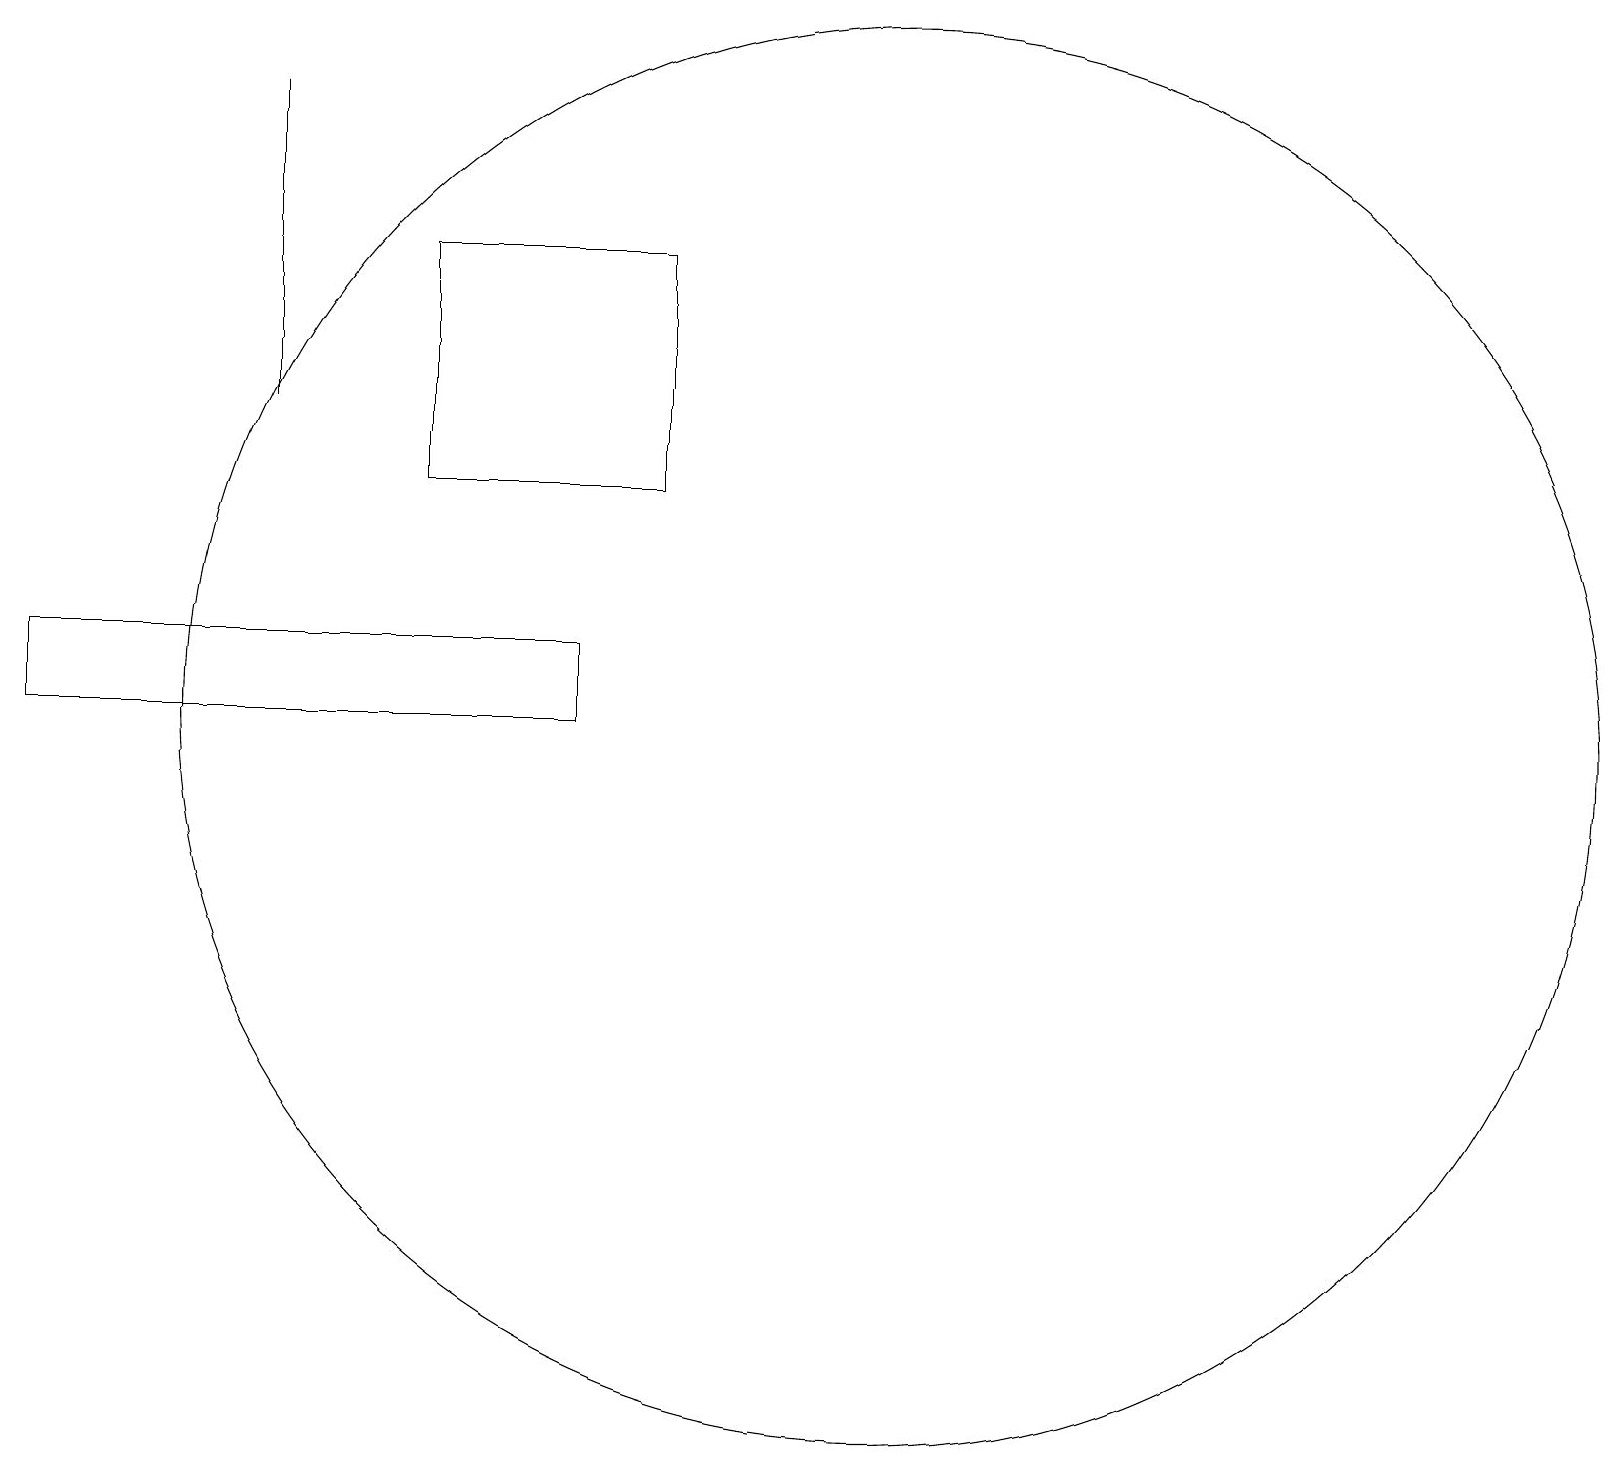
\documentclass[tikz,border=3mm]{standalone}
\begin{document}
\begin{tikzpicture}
\draw (12,10) circle (9);
\draw (6,13) rectangle (9,16);
\draw (8,10) rectangle (1,11);
\draw (4,18) rectangle (4,14);
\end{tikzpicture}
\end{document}